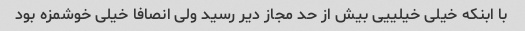
با ابنکه خیلی خیلییی بیش از حد مجاز دیر رسید ولی انصافا خیلی خوشمزه بود